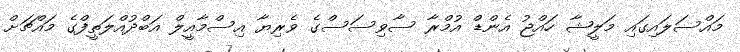
މައްސަލައިގައި މަލީޝާ ހައްޖު އެންޑް އުމްރާ ސާވިސަސްގެ ވެރިޔާ އިސްމާއީލް އަބްދުއްލަތީފްގެ މައްޗަށް